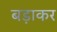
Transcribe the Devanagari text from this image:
बड़ाकर